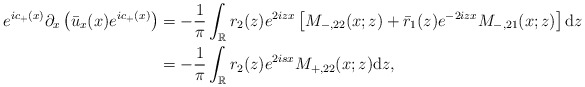
\begin{align*}e^{ic_+(x)} \partial_{x}\left(\bar{u}_x(x) e^{ic_+(x)}\right)&=-\frac{1}{\pi} \int_{\mathbb{R}} r_2(z) e^{2 iz x}\left[M_{-,22}(x;z)+\bar{r}_1(z)e^{-2izx} M_{-,21}(x ;z)\right] \mathrm{d}z \\&=-\frac{1}{\pi} \int_{\mathbb{R}} r_2(z) e^{2isx} M_{+,22}(x;z)\mathrm{d}z,\end{align*}